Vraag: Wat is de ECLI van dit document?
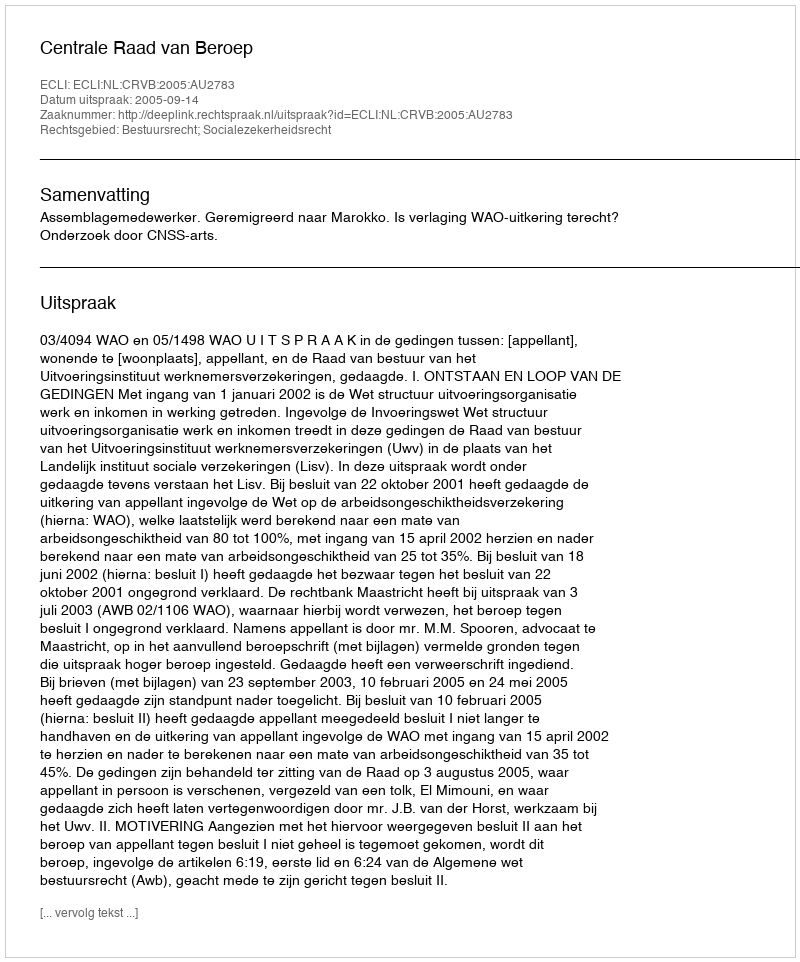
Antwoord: ECLI:NL:CRVB:2005:AU2783